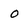
Character: O